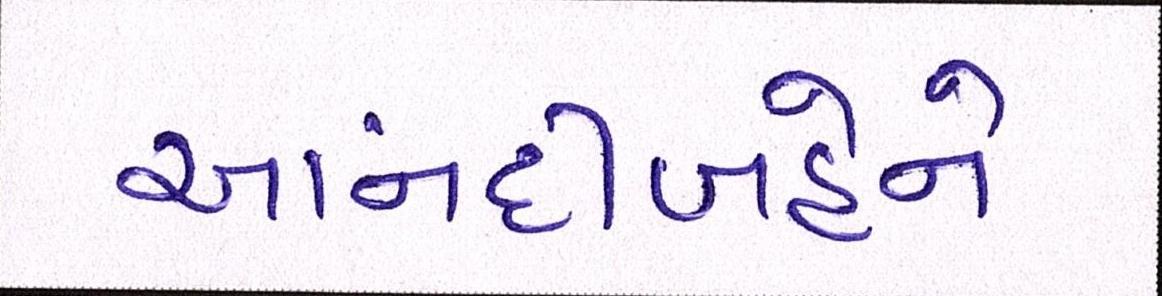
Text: આનંદીબહેને